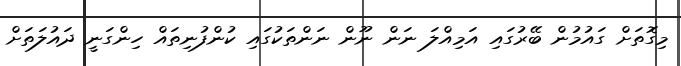
މިގޮތަށް ގައުމުން ބޭރުގައި އަމިއްލަ ނަން ނޫން ނަންތަކުގައި ކުންފުނިތައް ހިންގަނީ ދައުލަތަށް